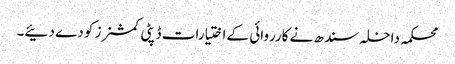
محکمہ داخلہ سندھ نے کارروائی کے اختیارات ڈپٹی کمشنرز کو دے دئیے۔